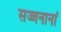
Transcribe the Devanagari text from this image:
सज्जनानां